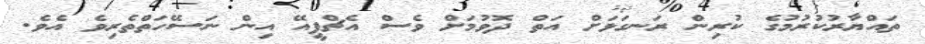
ތައްޔާރުކުރުމުގެ ކުރިން ރަނގަޅަށް އަތް ދޮވުމަށް ވެސް އެޗްޕީއޭ އިން ނަސޭހަތްތެރިވެ އެވެ.